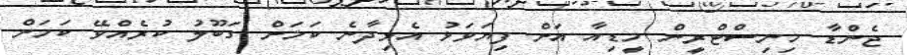
ޖެންޑާ މިނިސްޓްރީން މީޑިއާ އަށް ފިޔަވަޅު އެޅިދާނެ ކަމަށް ގަބޫލު ކުރެއްވޭ ކަމަށް